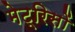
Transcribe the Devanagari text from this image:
मेट्रिसों